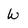
Character: W